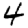
Digit: 4